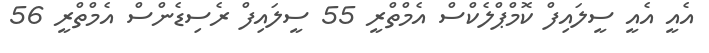
އެއީ އެއީ ސީލައިފް ކޮމްޕްލެކްސް އެމްތްރީ 55 ސީލައިފް ރެސިޑެންސް އެމްތްރީ 56